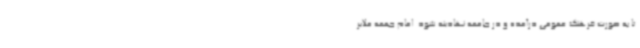
تا به صورت فرهنگ عمومی درآمده و در جامعه نهادینه شود. امام جمعه ملایر